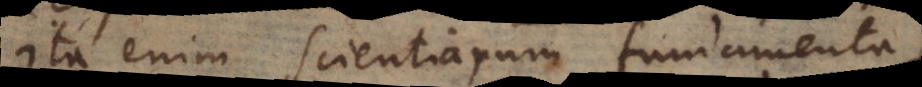
Ita enim scientiarum fundamenta